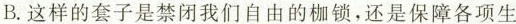
B.这样的套子是禁闭我们自由的枷锁，还是保障各项生